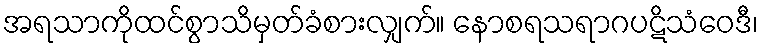
အရသာကိုထင်စွာသိမှတ်ခံစားလျှက်။ နောစရသရာဂပဋိသံဝေဒီ၊